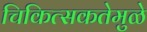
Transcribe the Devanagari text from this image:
चिकित्सकतेमुळे